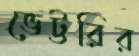
ভেট্টরির